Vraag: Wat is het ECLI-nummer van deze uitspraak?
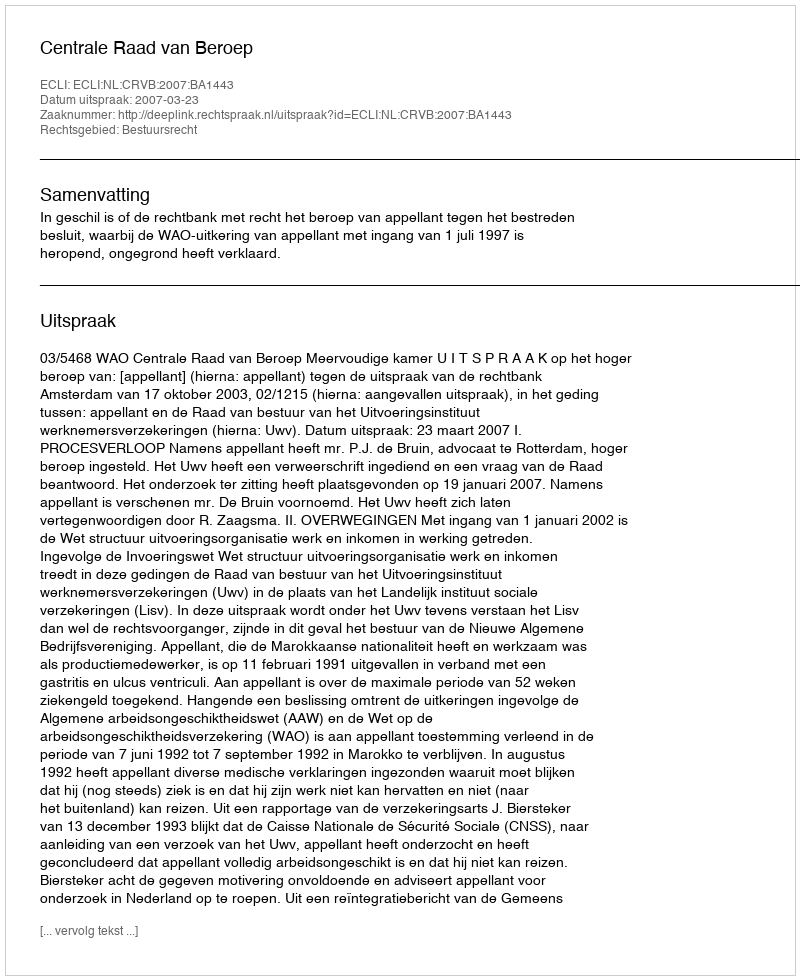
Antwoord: ECLI:NL:CRVB:2007:BA1443